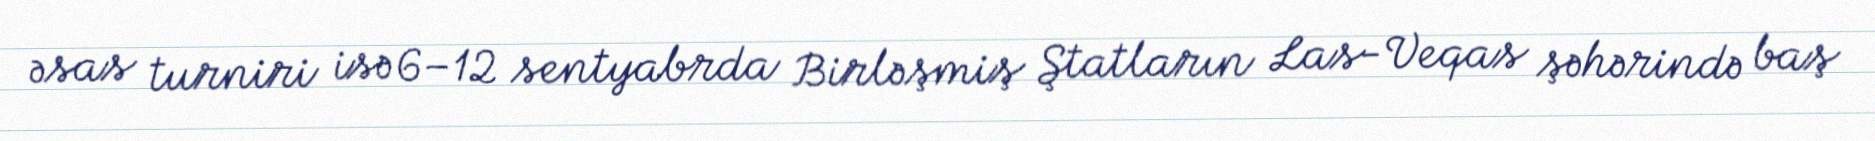
əsas turniri isə 6–12 sentyabrda Birləşmiş Ştatların Las-Veqas şəhərində baş